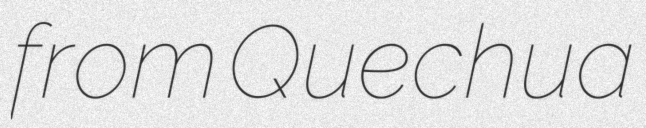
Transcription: from Quechua